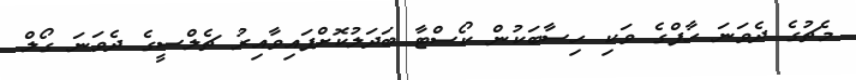
މެޗުގެ ދެވަނަ ހާފްގެ ވަކި ހިސާބަކުން ކޯސްޓާ ބަދަލުކޮށްފައިވާއިރު ޗެލްސީގެ ދެވަނަ ގޯލް